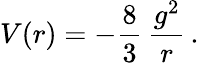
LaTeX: V(r)=-\frac 83\, {\frac{g^{2}}{r}}\, .